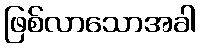
ဖြစ်လာသောအခါ